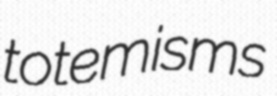
totemisms